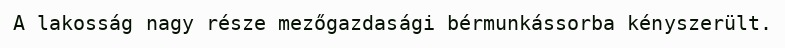
A lakosság nagy része mezőgazdasági bérmunkássorba kényszerült.